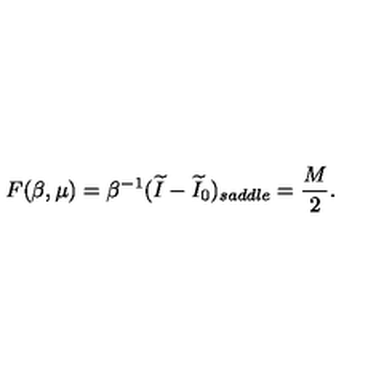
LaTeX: F ( \beta , \mu ) = \beta ^ { - 1 } ( \widetilde I - \widetilde I _ { 0 } ) _ { s a d d l e } = { \frac { M } { 2 } } .